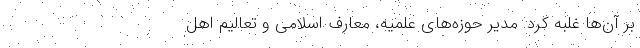
بر آن‌ها غلبه کرد. مدیر حوزه‌های علمیه، معارف اسلامی و تعالیم اهل